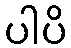
ပါပိ